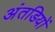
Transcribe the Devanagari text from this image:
अंतडियों